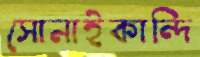
সোনাইকান্দি